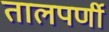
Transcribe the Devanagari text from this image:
तालपर्णी